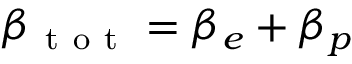
\beta _ { \mathrm { ~ t ~ o ~ t ~ } } = \beta _ { e } + \beta _ { p }